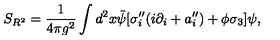
S _ { R ^ { 2 } } = \frac { 1 } { 4 \pi g ^ { 2 } } \int d ^ { 2 } x \bar { \psi } [ \sigma _ { i } ^ { \prime \prime } ( i \partial _ { i } + a _ { i } ^ { \prime \prime } ) + \phi \sigma _ { 3 } ] \psi ,